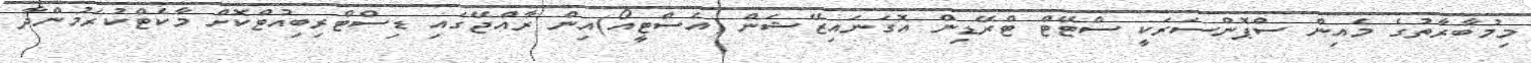
މިމުބާރާތުގެ މެއިން ސްޕޮންސަރަކީ ސްޓޭޓް ޓްރޭޑިން އޮގަނައިޒޭޝަން (އެސްޓީއޯ)އިން ރާއްޖޭގައި ޑިސްޓްރިބިއުޓްކޮށް މާކެޓްކުރަމުންދާ